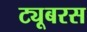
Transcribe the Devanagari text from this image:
ट्यूबरस